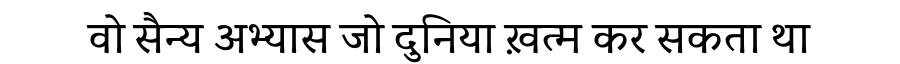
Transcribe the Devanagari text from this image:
वो सैन्य अभ्यास जो दुनिया ख़त्म कर सकता था